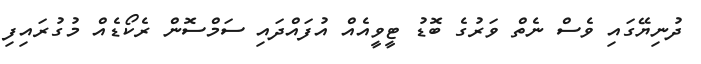
ދުނިޔޭގައި ވެސް ނެތް ވަރުގެ ބޮޑު ޓީވީއެއް އުފައްދައި ސަމްސޮން ރެކޯޑެއް މުގުރައިފި